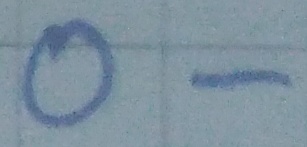
Text: O-